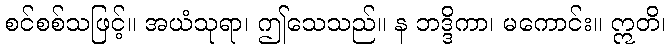
စင်စစ်သဖြင့်။ အယံသုရာ၊ ဤသေသည်။ န ဘဒ္ဒိကာ၊ မကောင်း။ ဣတိ၊